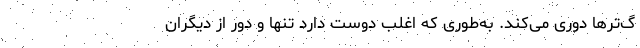
گ‌ترها دوری می‌کند. به‌طوری که اغلب دوست دارد تنها و دور از دیگران